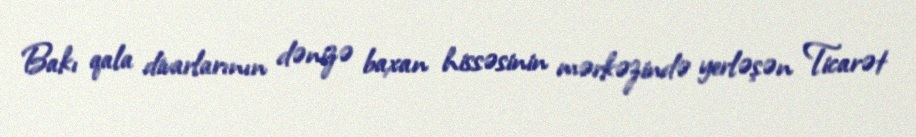
Bakı qala divarlarının dənizə baxan hissəsinin mərkəzində yerləşən Ticarət